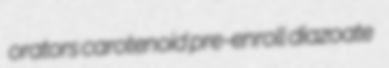
orators carotenoid pre-enroll diazoate